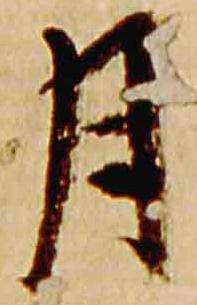
月